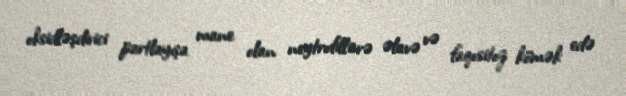
oksidləşdirici partlayışa mane olan neytrofillərə əlavə və faqositoz kömək edə